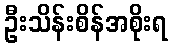
ဦးသိန်းစိန်အစိုးရ